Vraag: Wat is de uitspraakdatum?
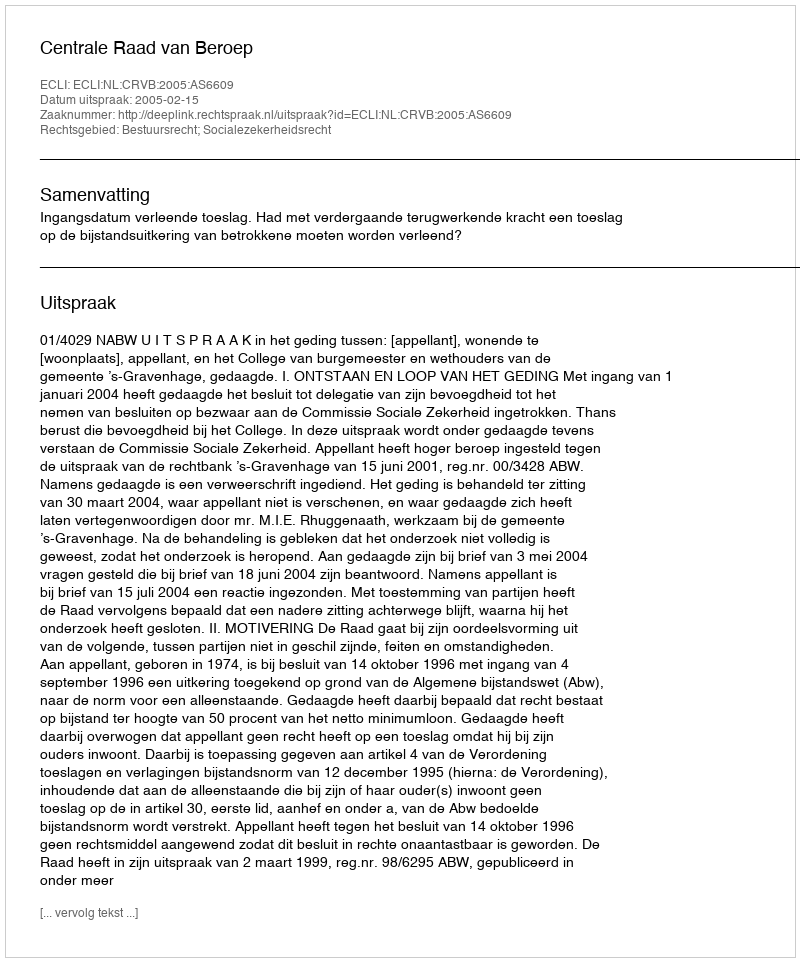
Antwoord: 2005-02-15